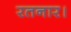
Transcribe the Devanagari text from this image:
रतनार।